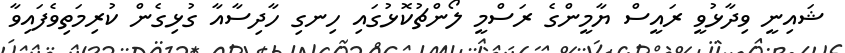
ޝައިނީ ވިދާޅުވީ ރައީސް ޔާމީންގެ ރަސްމީ ލޯންޗުކޮޅުގައި ހިނގި ހާދިސާއާ ގުޅިގެން ކުރިމަތިވެފައިވާ